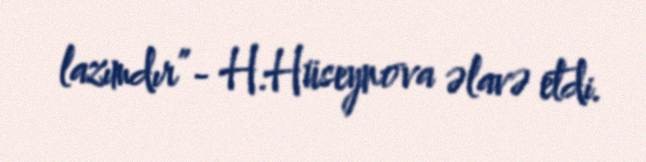
lazımdır”- H.Hüseynova əlavə etdi.